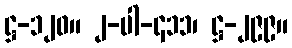
ဋ္ဌ-၁၂၀။ ၂-ပါ-၄၁၁၊ ဋ္ဌ-၂၉၉။